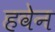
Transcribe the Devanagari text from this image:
हवेन